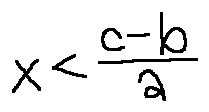
x < \frac { c - b } { a }